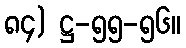
၈၄) ဋ္ဌ-၅၅-၅၆။